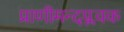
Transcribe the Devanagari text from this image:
प्राणीमन्दप्लवक